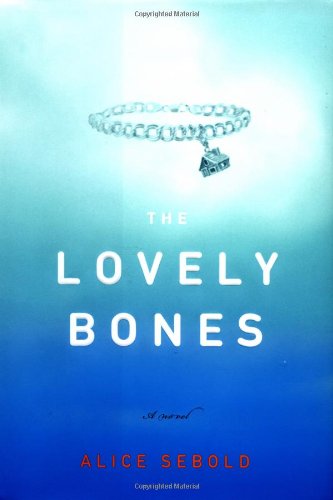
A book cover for The Lovely Bones; Alice Sebold; Mystery, Thriller & Suspense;